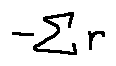
- \sum r